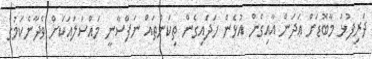
ދަރިފުޅު މާބޮޑަށް ޢަދަން އާއިގެން އުޅެން ހަދައިގެން ތިކަންތައް ނަފްސާނީ މައްސަލައަކަށް ވެދާނެކަމުގެ